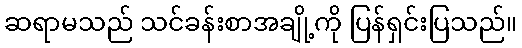
ဆရာမသည် သင်ခန်းစာအချို့ကို ပြန်ရှင်းပြသည်။